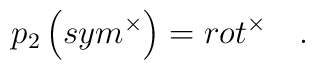
p_2\left( sym^{\times }\right) =rot^{\times }\quad .